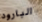
البارود